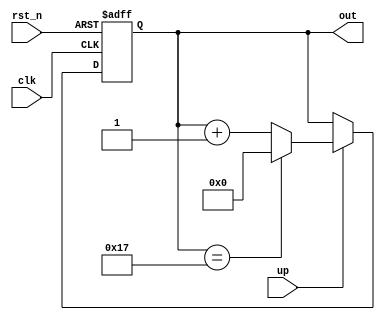
module module24counter(out, rst_n, up, clk);
// up = 1 -> counter up; up = 0 -> counter unchange
output reg [4:0] out;
input rst_n, clk, up;

always @(posedge clk, negedge rst_n) begin
    if(~rst_n) 
        out <= 5'd0;
    else begin
        if (up) begin
            if (out == 5'd23)
                out <= 5'd0;
            else
                out <= out + 5'd1;
        end
        else
            out <= out;
    end
        // if(up && out < 5'd23) out <= out + 5'd1;
        // else if(up && out == 5'd23) out <= 0;
        // else if(~up) out <= out;
end

endmodule